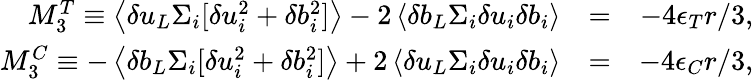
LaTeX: \begin{array}{rlr}{M_{3}^{T}\equiv\left<\delta u_{L}\Sigma_{i}[\delta u_{i}^{2}+\delta b_{i}^{2}]\right>-2\left<\delta b_{L}\Sigma_{i}\delta u_{i}\delta b_{i}\right>}&{=}&{-4\epsilon_{T}r/3,}\\ {M_{3}^{C}\equiv-\left<\delta b_{L}\Sigma_{i}[\delta u_{i}^{2}+\delta b_{i}^{2}]\right>+2\left<\delta u_{L}\Sigma_{i}\delta u_{i}\delta b_{i}\right>}&{=}&{-4\epsilon_{C}r/3,}\end{array}